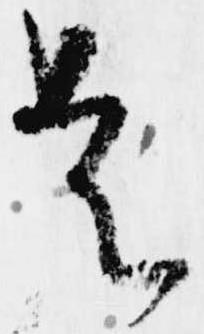
是